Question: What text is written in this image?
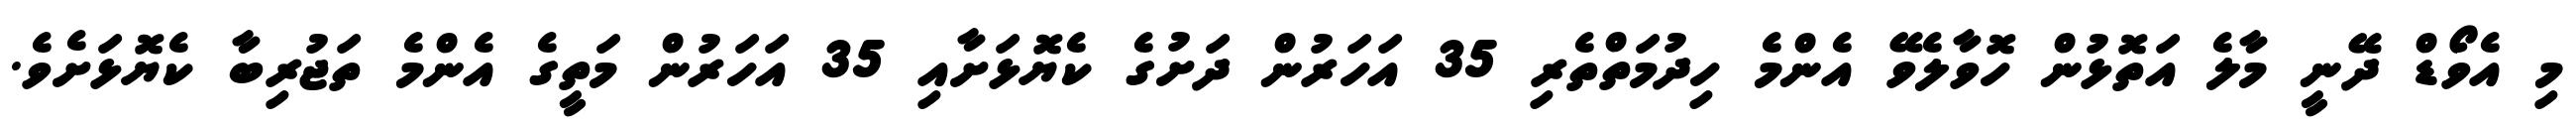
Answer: މި އެވޯޑް ދޭނީ މާލެ އަތޮޅުން ހޮވާލެވޭ އެންމެ ހިދުމަތްތެރި 35 އަހަރުން ދަށުގެ ކެޔޮޅަށާއި 35 އަހަރުން މަތީގެ އެންމެ ތަޖުރިބާ ކެޔޮޅަށެވެ.